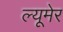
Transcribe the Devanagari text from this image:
ल्यूमेर